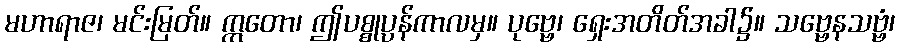
မဟာရာဇ၊ မင်းမြတ်။ ဣတော၊ ဤပစ္စုပ္ပန်ကာလမှ။ ပုဗ္ဗေ၊ ရှေးအတိတ်အခါ၌။ သဗ္ဗေနသဗ္ဗံ၊